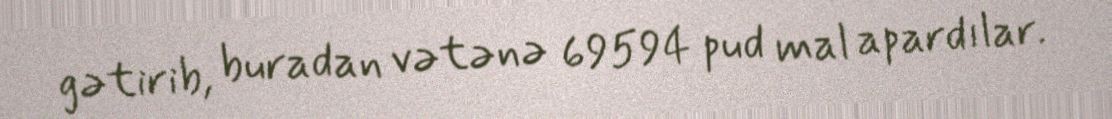
gətirib, buradan vətənə 69594 pud mal apardılar.